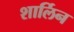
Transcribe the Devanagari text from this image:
शार्लिन